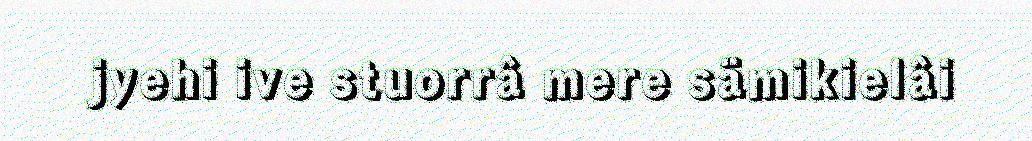
jyehi ive stuorrâ mere sämikielâi